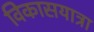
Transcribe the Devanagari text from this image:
विकासयात्रा